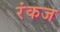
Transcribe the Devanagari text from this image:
रंकज